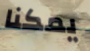
يمكنا